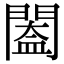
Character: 𨵵